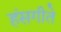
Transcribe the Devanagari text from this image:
हंसगीते